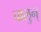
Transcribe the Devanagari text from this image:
चालुन्